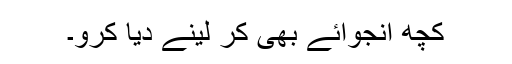
کچھ انجوائے بھی کر لینے دیا کرو۔